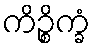
ကိဉ္စိက္ခံ